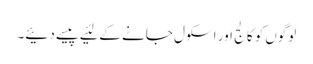
لوگوں‌کو کالج اور اسکول جانے کے لئیے پیسے دئیے۔